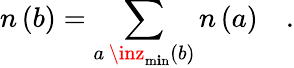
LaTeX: n\left(b\right)=\sum_{a\, \inz_{\operatorname*{m\mathbf{i}n}}\left(b\right)}n\left(a\right)\quad.